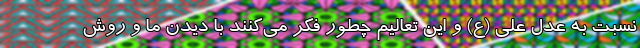
نسبت به عدل علی (ع) و این تعالیم چطور فکر می‌کنند با دیدن ما و روش